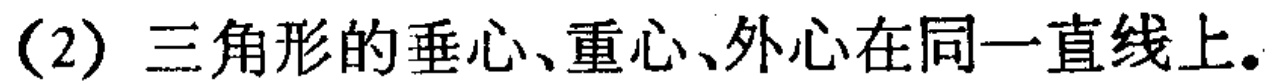
(2) 三角形的垂心、重心、外心在同一直线上。